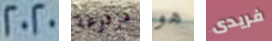
2020 مرفوعة هو فريدى